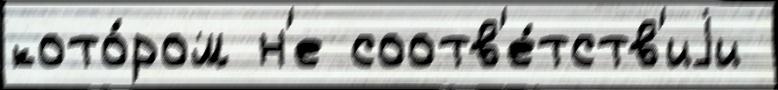
кото́ром н'е соотв'е́тств'иjи